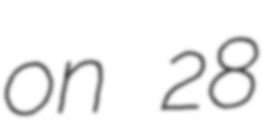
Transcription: on 28